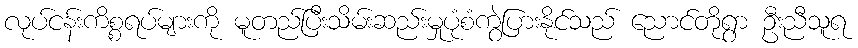
လုပ်ငန်းကိစ္စရပ်များကို မူတည်ပြီးသိမ်းဆည်းမှုပုံစံကွဲပြားနိုင်သည် ညောင်တိုရွာ ဦးညီသူရ